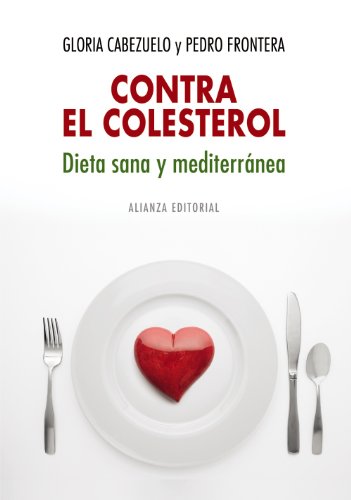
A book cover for Contra el colesterol: dieta sana y mediterranea (Libros Singulares / Unique Books) (Spanish Edition); Gloria Cabezuelo; Cookbooks, Food & Wine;